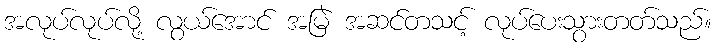
အလုပ်လုပ်လို့ လွယ်အောင် အမြဲ အဆင်တသင့် လုပ်ပေးသွားတတ်သည်။